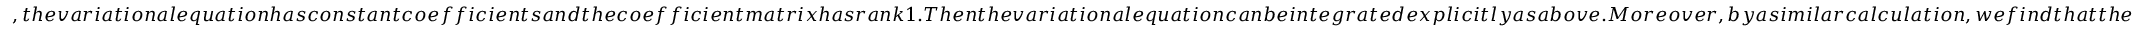
, t h e v a r i a t i o n a l e q u a t i o n h a s c o n s t a n t c o e f f i c i e n t s a n d t h e c o e f f i c i e n t m a t r i x h a s r a n k 1 . T h e n t h e v a r i a t i o n a l e q u a t i o n c a n b e i n t e g r a t e d e x p l i c i t l y a s a b o v e . M o r e o v e r , b y a s i m i l a r c a l c u l a t i o n , w e f i n d t h a t t h e